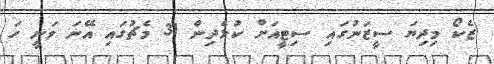
ޒެކޯ މިދިޔަ ސީޒަނުގައި ސިޓީއަށް ކުޅެދިން 31 މެޗުގައި އޭނަ ވަނީ ހަ